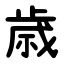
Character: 歳